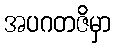
အပဂတဇိမှာ